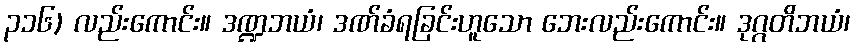
၃၁၆) လည်းကောင်း။ ဒဏ္ဍဘယံ၊ ဒဏ်ခံရခြင်းဟူသော ဘေးလည်းကောင်း။ ဒုဂ္ဂတိဘယံ၊